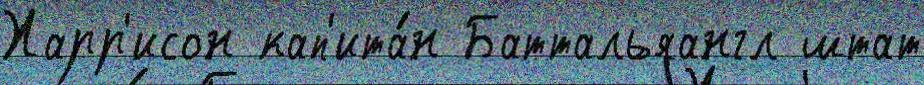
Харр'исон кап'ита́н Баттальяангл штат